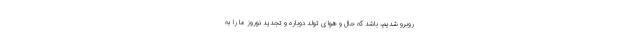
روبرو شدیم، باشد که حال و هوای تولد دوباره و تجدید نوروز ما را به